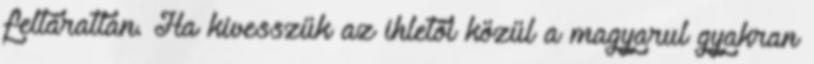
feltáratlan. Ha kivesszük az ihletői közül a magyarul gyakran